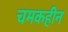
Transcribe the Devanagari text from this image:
चमकहीन